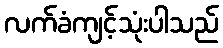
လက်ခံကျင့်သုံးပါသည်